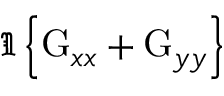
\Im \left\{ \mathrm { G } _ { x x } + \mathrm { G } _ { y y } \right\}